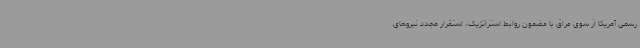
رسمی آمریکا از سوی عراق با مضمون روابط استراتژیک، استقرار مجدد نیروهای